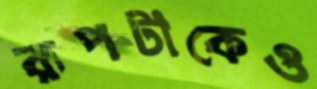
রূপটাকেও